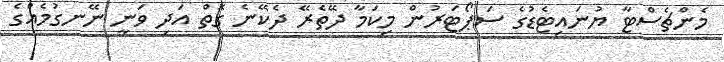
މެންޗެސްޓާ ޔުނައިޓެޑުގެ ސަޕޯޓަރުން މިކަމާ ދޭތެރޭ ދެކޭނެ ގޮތް އަދި ވަނީ ނޭނގުމެއްގެ